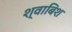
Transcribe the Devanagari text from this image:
श्वाबिश